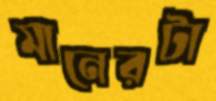
মানেরটা